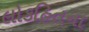
લોકહિતના